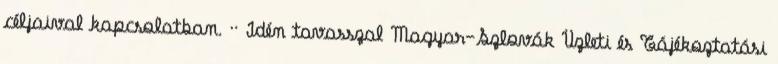
céljaival kapcsolatban. ·· Idén tavasszal Magyar–Szlovák Üzleti és Tájékoztatási